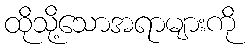
ထိုသို့သောအရာများကို